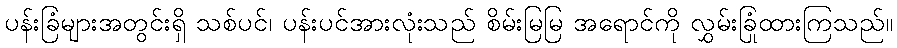
ပန်းခြံများအတွင်းရှိ သစ်ပင်၊ ပန်းပင်အားလုံးသည် စိမ်းမြမြ အရောင်ကို လွှမ်းခြုံထားကြသည်။